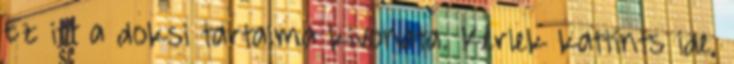
Ez itt a doksi tartalma kivonata. Kérlek kattints ide,